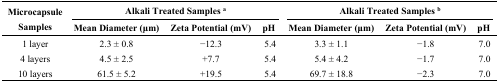
| <ROWSPAN=2> Microcapsule Samples | <COLSPAN=3> Alkali Treated Samples a | <COLSPAN=3> Alkali Treated Samples b |
 | Mean Diameter (μm) | Zeta Potential (mV) | pH | Mean Diameter (μm) | Zeta Potential (mV) | pH |
 | --- | --- | --- | --- | --- | --- | --- |
 | 1 layer | 2.3 ± 0.8 | −12.3 | 5.4 | 3.3 ± 1.1 | −1.8 | 7.0 |
 | 4 layers | 4.5 ± 2.5 | +7.7 | 5.4 | 5.4 ± 4.2 | −1.7 | 7.0 |
 | 10 layers | 61.5 ± 5.2 | +19.5 | 5.4 | 69.7 ± 18.8 | −2.3 | 7.0 |